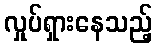
လှုပ်ရှားနေသည့်